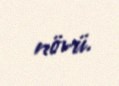
növü.